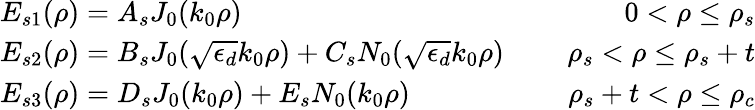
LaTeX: \begin{array}{r}{\begin{array}{lcr}{E_{s1}(\rho)=A_{s}J_{0}(k_{0}\rho)}&{\mathrm{~}}&{0<\rho\leq\rho_{s}}\\ {E_{s2}(\rho)=B_{s}J_{0}(\sqrt{\epsilon_{d}}k_{0}\rho)+C_{s}N_{0}(\sqrt{\epsilon_{d}}k_{0}\rho)}&{\mathrm{~}}&{\rho_{s}<\rho\leq\rho_{s}+t}\\ {E_{s3}(\rho)=D_{s}J_{0}(k_{0}\rho)+E_{s}N_{0}(k_{0}\rho)}&{\mathrm{~}}&{\rho_{s}+t<\rho\leq\rho_{c}}\end{array}}\end{array}